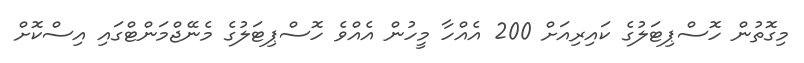
މިގޮތުން ހޮސްޕިޓަލުގެ ކައިރިއަށް 200 އެއްހާ މީހުން އެއްވެ ހޮސްޕިޓަލުގެ މެނޭޖްމަންޓްގައި އިސްކޮށް